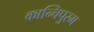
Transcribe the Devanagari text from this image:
कान्चिपुरम